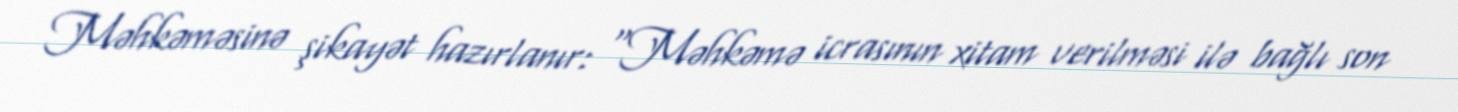
Məhkəməsinə şikayət hazırlanır: “Məhkəmə icrasının xitam verilməsi ilə bağlı son